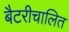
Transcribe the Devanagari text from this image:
बैटरीचालित